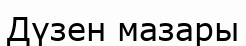
Дүзен мазары